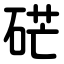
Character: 硭